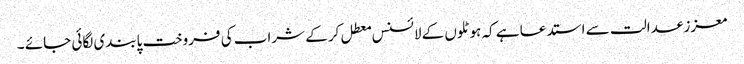
معزز عدالت سے استدعا ہے کہ ہوٹلوں کے لائسنس معطل کر کے شراب کی فروخت پابندی لگائی جائے ۔